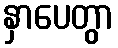
နှာပေတွာ